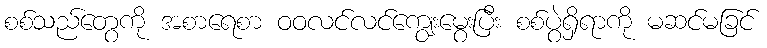
စစ်သည်တွေကို အစာရေစာ ဝဝလင်လင်ကျွေးမွေးပြီး စစ်ပွဲရှိရာကို မဆင်မခြင်